Vaccination report Assam 1874-1896 - 1874-1896
Year: 1874
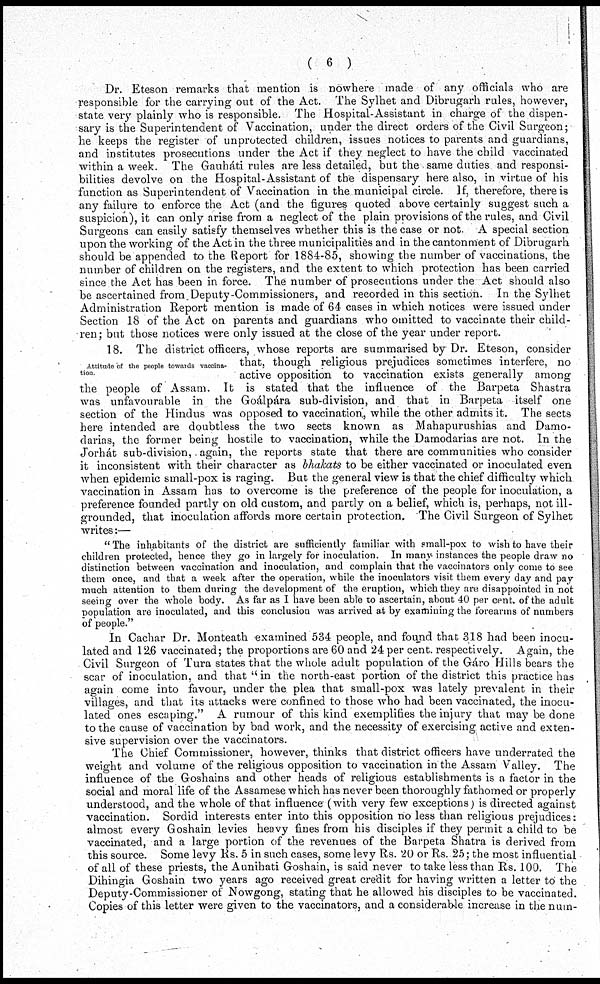
( 6 )
Dr. Eteson remarks that mention is nowhere made of any officials who are
responsible for the carrying out of the Act. The Sylhet and Dibrugarh rules, however,
state very plainly who is responsible. The Hospital-Assistant in charge of the dispen-
sary is the Superintendent of Vaccination, under the direct orders of the Civil Surgeon;
he keeps the register of unprotected children, issues notices to parents and guardians,
and institutes prosecutions under the Act if they neglect to have the child vaccinated
within a week. The Gauháti rules are less detailed, but the same duties and responsi-
bilities devolve on the Hospital-Assistant of the dispensary here also, in virtue of his
function as Superintendent of Vaccination in the municipal circle. If, therefore, there is
any failure to enforce the Act (and the figures quoted above certainly suggest such a
suspicion), it can only arise from a neglect of the plain provisions of the rules, and Civil
Surgeons can easily satisfy themselves whether this is the case or not. A special section
upon the working of the Act in the three municipalities and in the cantonment of Dibrugarh
should be appended to the Report for 1884-85, showing the number of vaccinations, the
number of children on the registers, and the extent to which protection has been carried
since the Act has been in force. The number of prosecutions under the Act should also
be ascertained from Deputy-Commissioners, and recorded in this section. In the Sylhet
Administration Report mention is made of 64 cases in which notices were issued under
Section 18 of the Act on parents and guardians who omitted to vaccinate their child-
ren ; but those notices were only issued at the close of the year under report.
Attitude of the people towards vaccina-
tion.
18. The district officers, whose reports are summarised by Dr. Eteson, consider
that, though religious prejudices sometimes interfere, no
active opposition to vaccination exists generally among
the people of Assam. It is stated that the influence of the Barpeta Shastra
was unfavourable in the Goálpára sub-division, and that in Barpeta itself one
section of the Hindus was opposed to vaccination, while the other admits it. The sects
here intended are doubtless the two sects known as Mahapurushias and Damo-
darias, the former being hostile to vaccination, while the Damodarias are not. In the
Jorhát sub-division, again, the reports state that there are communities who consider
it inconsistent with their character as bhakats to be either vaccinated or inoculated even
when epidemic small-pox is raging. But the general view is that the chief difficulty which
vaccination in Assam has to overcome is the preference of the people for inoculation, a
preference founded partly on old custom, and partly on a belief, which is, perhaps, not ill-
grounded, that inoculation affords more certain protection. The Civil Surgeon of Sylhet
writes:—
" The inhabitants of the district are sufficiently familiar with small-pox to wish to have their
children protected, hence they go in largely for inoculation. In many instances the people draw no
distinction between vaccination and inoculation, and complain that the vaccinators only come to see
them once, and that a week after the operation, while the inoculators visit them every day and pay
much attention to them during the development of the eruption, which they are disappointed in not
seeing over the whole body. As far as I have been able to ascertain, about 40 per cent. of the adult
population are inoculated, and this conclusion was arrived at by examining the forearms of numbers
of people."
In Cachar Dr. Monteath examined 534 people, and found that 318 had been inocu-
lated and 12.6 vaccinated; the proportions are 60 and 24 per cent. respectively. Again, the
Civil Surgeon of Tura states that the whole adult population of the Gáro Hills bears the
scar of inoculation, and that " in the north-east portion of the district this practice has
again come into favour, under the plea that small-pox was lately prevalent in their
villages, and that its attacks were confined to those who had been vaccinated, the inocu-
lated ones escaping." A rumour of this kind exemplifies the injury that may be done
to the cause of vaccination by bad work, and the necessity of exercising active and exten-
sive supervision over the vaccinators.
The Chief Commissioner, however, thinks that district officers have underrated the
weight and volume of the religious opposition to vaccination in the Assam Valley. The
influence of the Goshains and other heads of religious establishments is a factor in the
social and moral life of the Assamese which has never been thoroughly fathomed or properly
understood, and the whole of that influence (with very few exceptions) is directed against
vaccination. Sordid interests enter into this opposition no less than religious prejudices:
almost every Goshain levies heavy fines from his disciples if they permit a child to be
vaccinated, and a large portion of the revenues of the Barpeta Shatra is derived from
this source. Some levy Rs. 5 in such cases, some levy Rs. 20 or Rs. 25; the most influential
of all of these priests, the Aunihati Goshain, is said never to take less than Rs. 100. The
Dihingia Goshain two years ago received great credit for having written a letter to the
Deputy-Commissioner of Nowgong, stating that he allowed his disciples to be vaccinated.
Copies of this letter were given to the vaccinators, and a considerable increase in the num¬